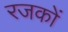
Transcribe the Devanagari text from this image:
रजकों